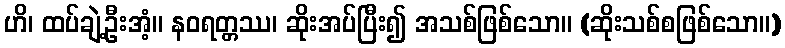
ဟိ၊ ထပ်ချဲ့ဦးအံ့။ နဝရတ္တဿ၊ ဆိုးအပ်ပြီး၍ အသစ်ဖြစ်သော။ (ဆိုးသစ်စဖြစ်သော။)